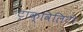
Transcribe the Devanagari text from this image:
ट्रांक्विलिटी